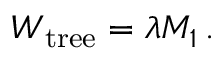
{ \cal W } _ { \mathrm { t r e e } } = \lambda M _ { 1 } \, .